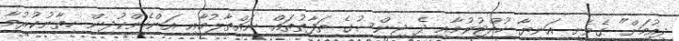
ދިއުމަށް" ގެވެށި އަނިޔާ ހުއްޓުވުމާއި ދެ ޖިންސުގެ ތަފާތުތައް ނައްތާލުމާއި އަންހެންކުދިން ހިތާނުކުރުމާ